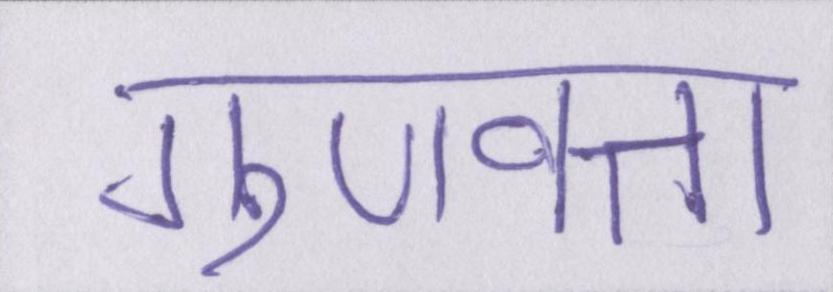
गुणवत्ता